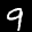
Label: 9